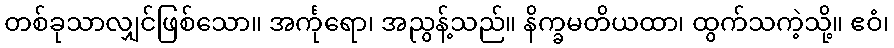
တစ်ခုသာလျှင်ဖြစ်သော။ အင်္ကုရော၊ အညွန့်သည်။ နိက္ခမတိယထာ၊ ထွက်သကဲ့သို့။ ဧဝံ၊